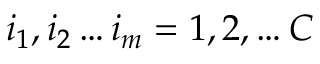
i _ { 1 } , i _ { 2 } \ldots i _ { m } = 1 , 2 , \ldots C